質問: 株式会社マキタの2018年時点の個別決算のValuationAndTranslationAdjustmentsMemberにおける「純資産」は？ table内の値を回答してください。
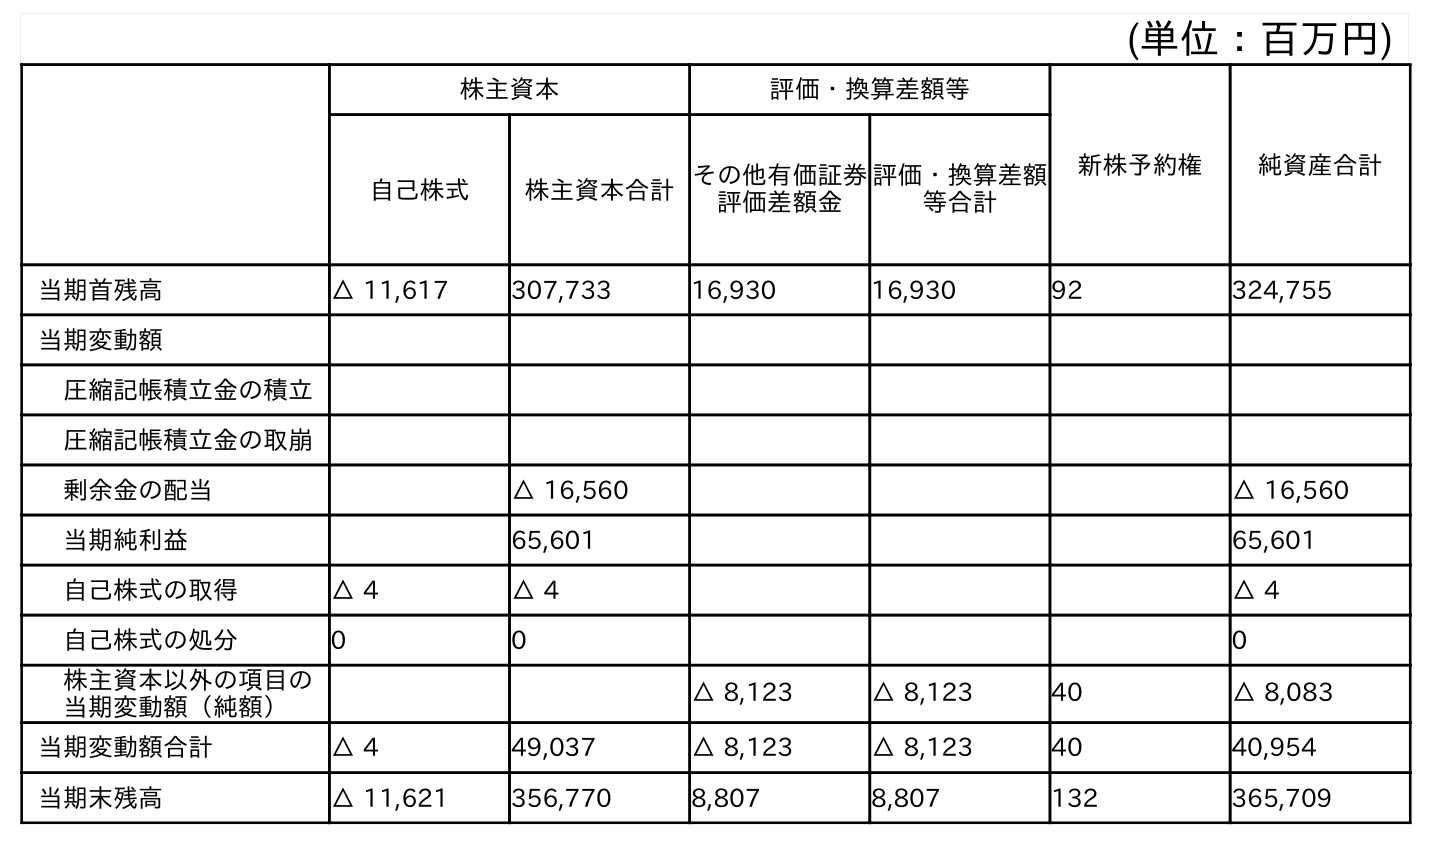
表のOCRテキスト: (単位：百万円) 株主資本 評価・換算差額等 新株予約権 純資産合計 自己株式 株主資本合計その他有価証券 評価差額金 評価・換算差額 等合計 当期首残高 △ 11,617 307,733 16,930 16,930 92 324,755 当期変動額 圧縮記帳積立金の積立 圧縮記帳積立金の取崩 剰余金の配当 △ 16,560 △ 16,560 当期純利益 65,601 65,601 自己株式の取得 △ 4 △ 4 △ 4 自己株式の処分 0 0 0 株主資本以外の項目の 当期変動額（純額） △ 8,123 △ 8,123 40 △ 8,083 当期変動額合計 △ 4 49,037 △ 8,123 △ 8,123 40 40,954 当期末残高 △ 11,621 356,770 8,807 8,807 132 365,709
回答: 16,930